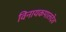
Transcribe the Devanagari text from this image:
विनायकपालदेव